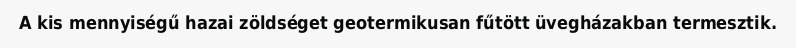
A kis mennyiségű hazai zöldséget geotermikusan fűtött üvegházakban termesztik.